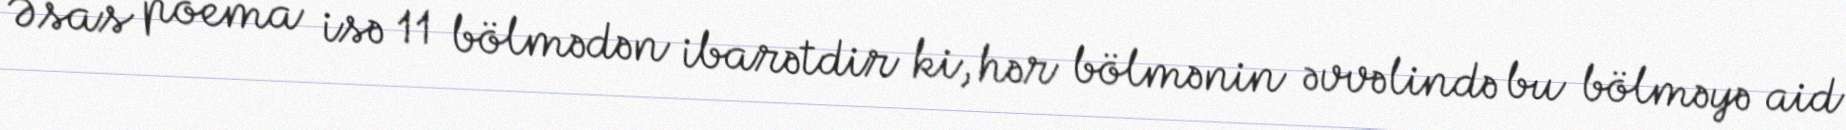
Əsas poema isə 11 bölmədən ibarətdir ki, hər bölmənin əvvəlində bu bölməyə aid